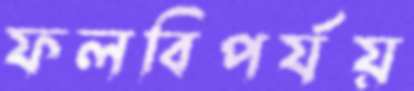
ফলবিপর্যয়